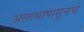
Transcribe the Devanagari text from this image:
असल्यापासूनचे